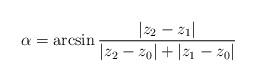
LaTeX: \begin{align*} \alpha=\arcsin\frac{\left|z_{2}-z_{1}\right|}{\left|z_{2}-z_{0}\right|+\left|z_{1}-z_{0}\right|}\end{align*}